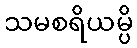
သမစရိယမ္ပိ